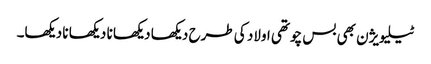
ٹیلیویژن بھی بس چوتھی اولاد کی طرح دیکھا دیکھا نا دیکھا نا دیکھا۔